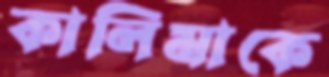
কালিমাকে